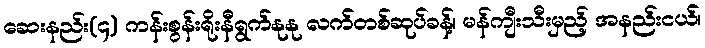
ဆေးနည်း(၄) ကန်းစွန်းရိုးနီရွက်နုနု လက်တစ်ဆုပ်ခန့်၊ မန်ကျီးသီးမှည့် အနည်းငယ်၊